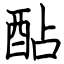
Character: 酟